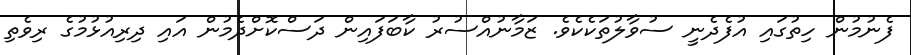
ފެނުމުން ހިތުގައި އުފެދެނީ ސުވާލުތަކެކެވެ. ޒަމާނުއްސުރު ކާބަފައިން ދަސްކޮށްދެމުން އައި ދިރިއުޅުމުގެ ރިވެތި